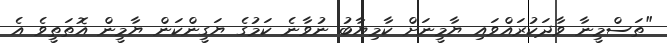
"ތަސްމީނާ ވާދަކުރައްވައި ޔާމީނަށް ކާމިޔާބު ނުވާނެ ކަމުގެ ޔަގީންކަން ޔާމީން އޮތަތީވެ އެ